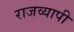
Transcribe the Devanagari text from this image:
राजव्यापी